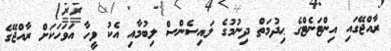
ރާއްޖޭގައި އިންޓަނެޓްގެ ޙިދުމަތް ދިނުމުގެ ލައިސެންސް ލިބުމާއި އެކު ވީހާ އަވަހަކަށް ރާއްޖޭގެ